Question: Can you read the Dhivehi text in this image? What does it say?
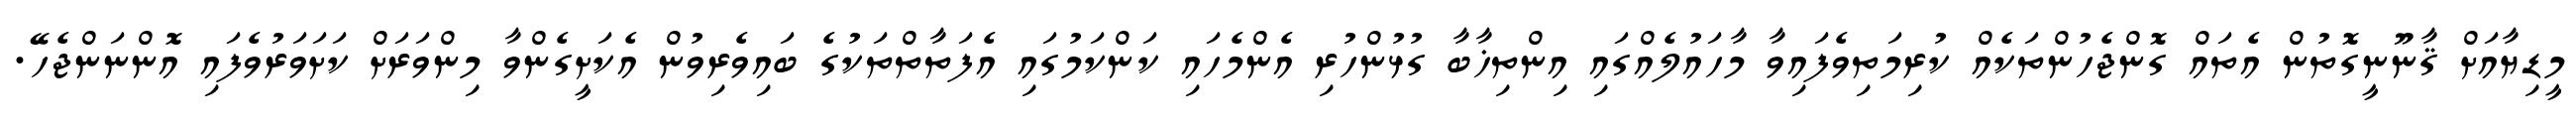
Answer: މީޑިޔާއަށް ޤާނޫނީގޮތުން އެތައް ގޮންޖެހުންތަކެއް ކުރިމަތިވެފައިވާ މާހައުލެއްގައި އިންތިޚާބާ ގުޅުންހުރި އެންމެހައި ކަންކަމުގައި އެފަތާތްތަކުގެ ބައިވެރިވުން އެކަށީގެންވާ މިންވަރަށް ކަށަވަރުވެފައި އޮންނަންޖެހޭ.